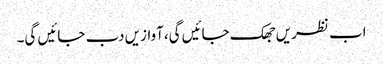
اب نظریں جھک جائیں گی،آوازیں دب جائیں گی۔